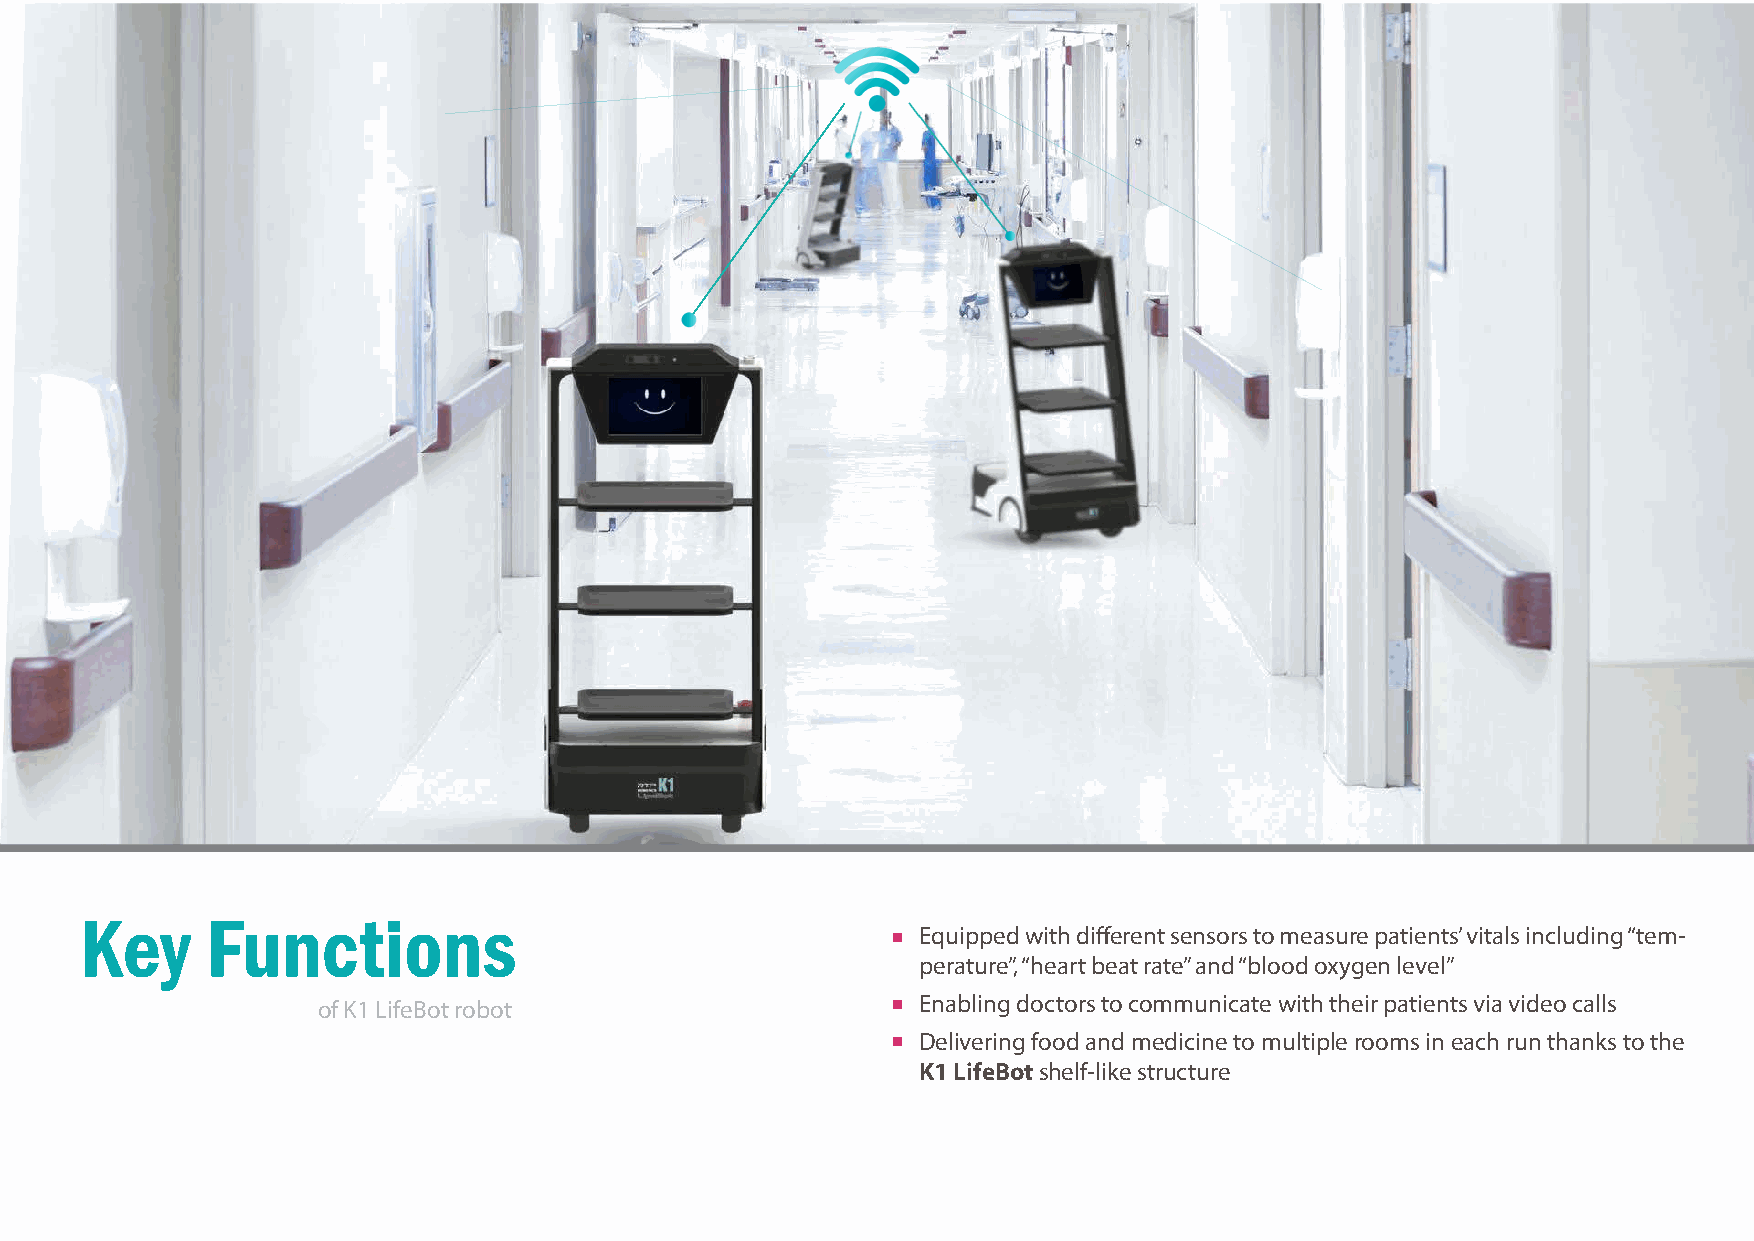
Key      Functions                                      Equipped with different sensors to measure patients’ vitals including “tem-
 perature”, “heart beat rate” and “blood oxygen level”
 Enabling doctors to communicate with their patients via video calls
 of K1 LifeBot robot
 Delivering food and medicine to multiple rooms in each run thanks to the
 K1 LifeBot shelf-like structure